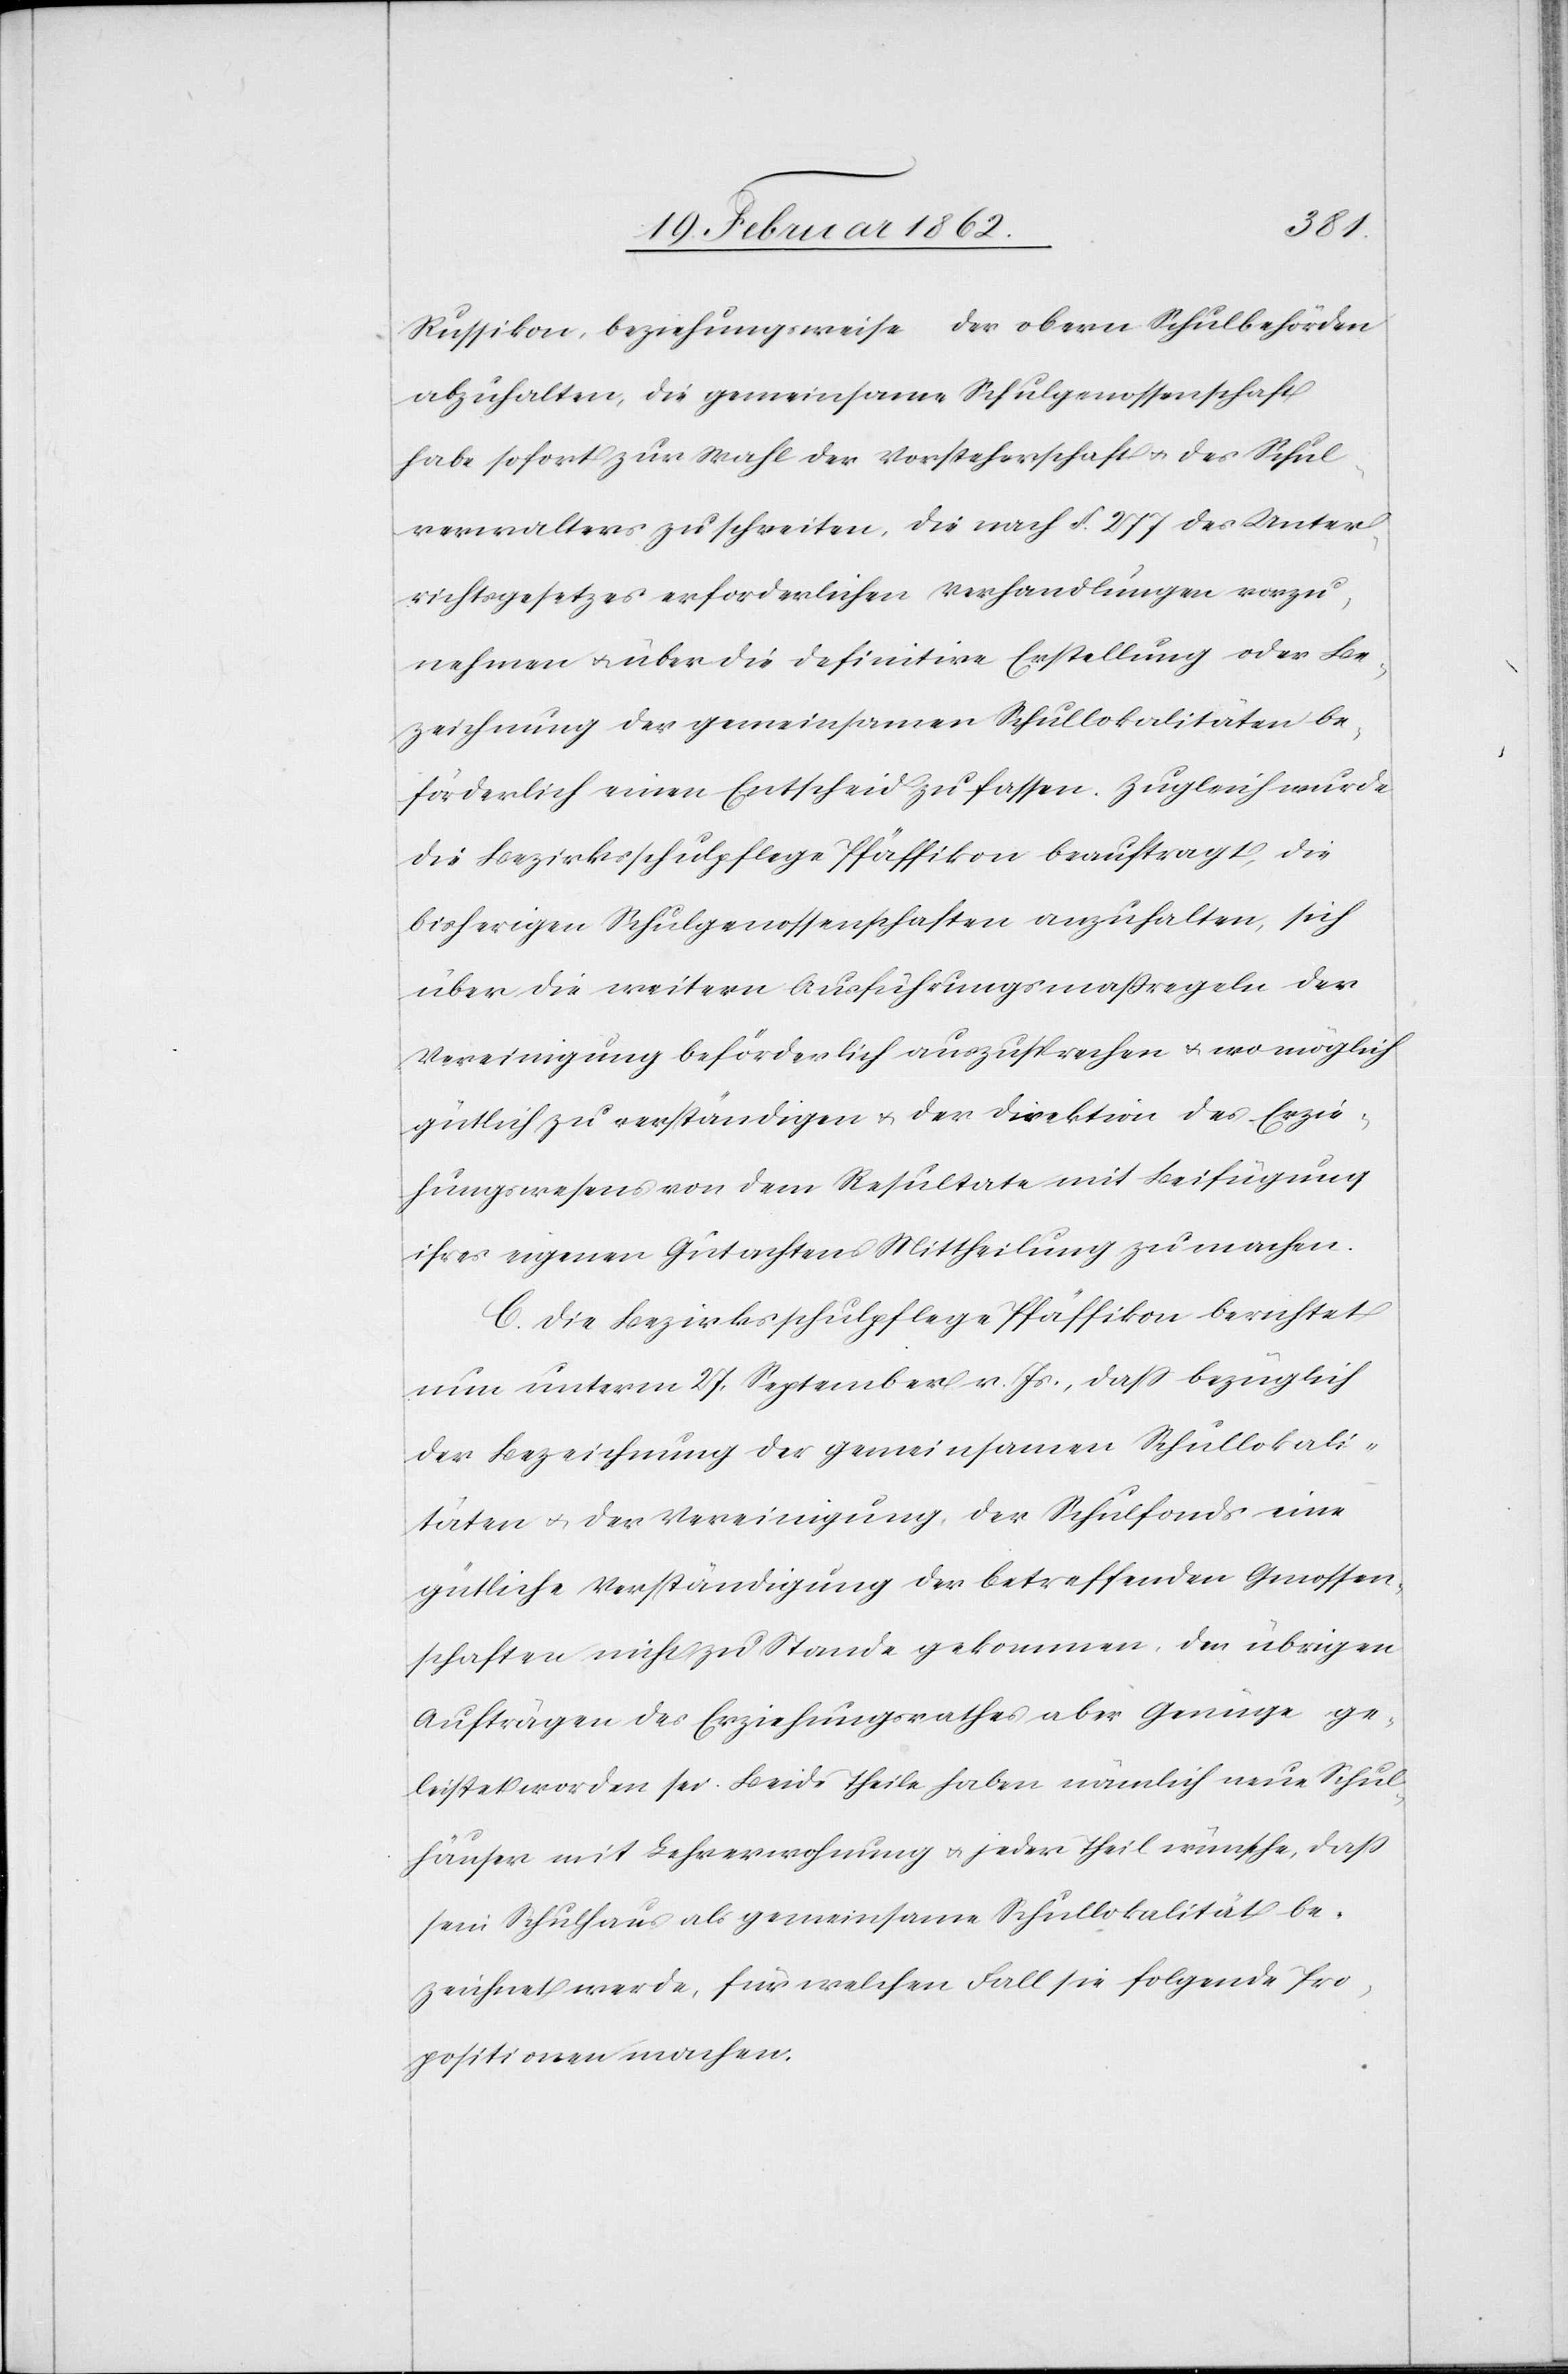
Russikon, beziehungsweise der obern Schulbehörden
abzuhalten, die gemeinsame Schulgenossenschaft
habe sofort zur Wahl der Vorsteherschaft u. des Schul¬
verwalters zu schreiten, die nach §. 277 des Unter¬
richtsgesetzes erforderlichen Verhandlungen vorzu¬
nehmen u. über die definitive Erstellung oder Be¬
zeichnung der gemeinsamen Schullokalitäten be¬
förderlich einen Entscheid zu fassen. Zugleich wurde
die Bezirksschulpflege Pfäffikon beauftragt, die
bisherigen Schulgenossenschaften anzuhalten, sich
über die weitern Ausführungsmaßregeln der
Vereinigung beförderlich auszusprechen u. wo möglich
gütlich zu verständigen u. der Direktion des Erzie¬
hungswesens von dem Resultate mit Beifügung
ihres eigenen Gutachtens Mittheilung zu machen.
C. Die Bezirksschulpflege Pfäffikon berichtet
nun unterm 27. September v. Js., daß bezüglich
der Bezeichnung der gemeinsamen Schullokali¬
täten u. der Vereinigung der Schulfonds eine
gütliche Verständigung der betreffenden Genossen¬
schaften nicht zu Stande gekommen, den übrigen
Aufträgen des Erziehungsrathes aber Genüge ge¬
leistet worden sei. Beide Theile haben nämlich neue Schul¬
häuser mit Lehrerwohnung u. jeder Theil wünsche, daß
sein Schulhaus als gemeinsame Schullokalität be¬
zeichnet werde, für welchen Fall sie folgende Pro¬
positionen machen: